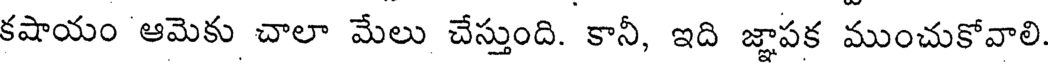
కషాయం ఆమెకు చాలా మేలు చేస్తుంది. కానీ, ఇది జ్ఞాపక ముంచుకోవాలి